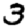
Digit: 3